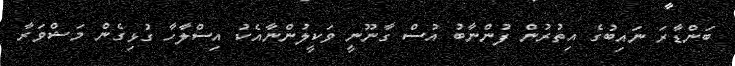
ބަންޑާރަ ނައިބުގެ އިތުރުން ފުންނާބު އުސް ގާނޫނީ ވަކީލުންނާއެކު އިސްލާހާ ގުޅިގެން މަޝްވަރާ